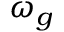
\omega _ { g }